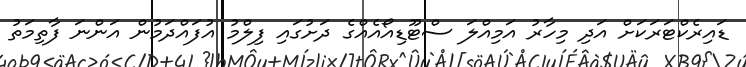
ޑައިރެކްޓަރަކަށް އަދި މިހާރު އަމިއްލަ ސްޓޫޑިއޯއެއްގެ ދަށުގައި ފިލްމު އުފައްދަމުން އަންނަ ފާތިމަތު